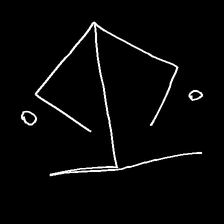
Glyph: earth